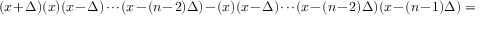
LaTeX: ( x + \Delta ) ( x ) ( x - \Delta ) \cdot \cdot \cdot ( x - ( n - 2 ) \Delta ) - ( x ) ( x - \Delta ) \cdot \cdot \cdot ( x - ( n - 2 ) \Delta ) ( x - ( n - 1 ) \Delta ) =